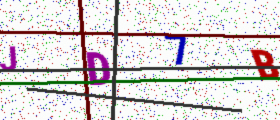
Text: JD7B